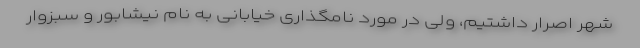
شهر اصرار داشتیم، ولی در مورد نامگذاری خیابانی به نام نیشابور و سبزوار